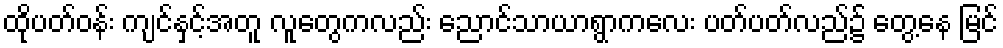
ထိုပတ်ဝန်း ကျင်နှင့်အတူ လူတွေကလည်း ညောင်သာယာရွာကလေး ပတ်ပတ်လည်၌ တွေ့နေ မြင်